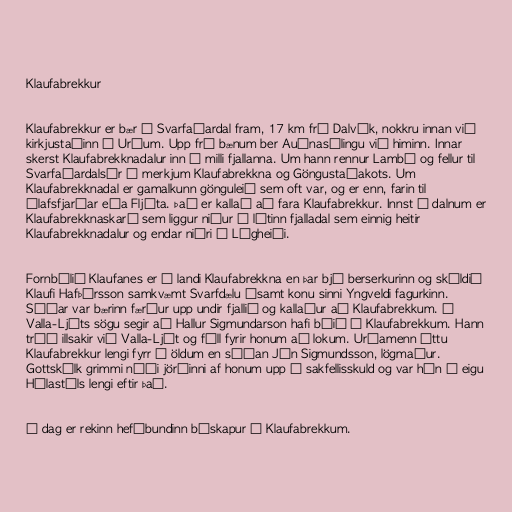
Klaufabrekkur

Klaufabrekkur er bær í Svarfaðardal fram, 17 km frá Dalvík, nokkru innan við
kirkjustaðinn á Urðum. Upp frá bænum ber Auðnasýlingu við himinn. Innar
skerst Klaufabrekknadalur inn á milli fjallanna. Um hann rennur Lambá og fellur til
Svarfaðardalsár á merkjum Klaufabrekkna og Göngustaðakots. Um
Klaufabrekknadal er gamalkunn gönguleið sem oft var, og er enn, farin til
Ólafsfjarðar eða Fljóta. Það er kallað að fara Klaufabrekkur. Innst í dalnum er
Klaufabrekknaskarð sem liggur niður í lítinn fjalladal sem einnig heitir
Klaufabrekknadalur og endar niðri á Lágheiði.

Fornbýlið Klaufanes er í landi Klaufabrekkna en þar bjó berserkurinn og skáldið
Klaufi Hafþórsson samkvæmt Svarfdælu ásamt konu sinni Yngveldi fagurkinn.
Síðar var bærinn færður upp undir fjallið og kallaður að Klaufabrekkum. Í
Valla-Ljóts sögu segir að Hallur Sigmundarson hafi búið á Klaufabrekkum. Hann
tróð illsakir við Valla-Ljót og féll fyrir honum að lokum. Urðamenn áttu
Klaufabrekkur lengi fyrr á öldum en síðan Jón Sigmundsson, lögmaður.
Gottskálk grimmi náði jörðinni af honum upp í sakfellisskuld og var hún í eigu
Hólastóls lengi eftir það.

Í dag er rekinn hefðbundinn búskapur á Klaufabrekkum.